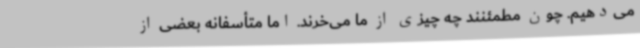
می‌دهیم. چون مطمئنند چه چیزی از ما می‌خرند. اما متأسفانه بعضی از